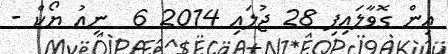
އިން ގޮވާލައިފި 28 ޖުލައި 2014 6  ނިއު ޔޯކް -